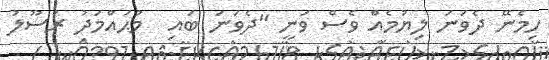
ހިމެނޭ ދެވަނަ ލިޔުމެއް ވެސް ވަނީ "ދެވަނަ ބައި  މުޙައްމަދު ރަސޫލު